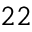
^ { 2 2 }